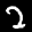
Label: 2